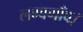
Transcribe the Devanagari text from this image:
लम्बगाँव।